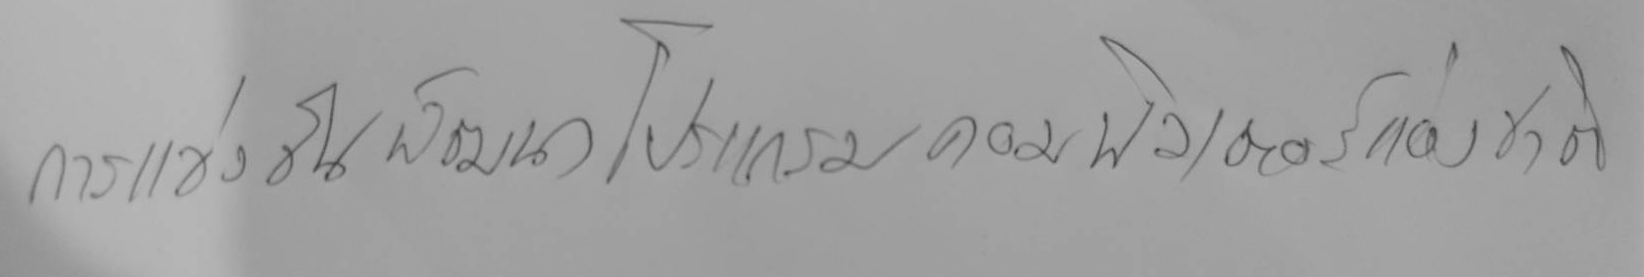
การแข่งขันพัฒนาโปรแกรมคอมพิวเตอร์แห่งชาติ